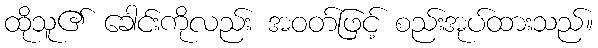
ထိုသူ၏ ခေါင်းကိုလည်း အဝတ်ဖြင့် စည်းအုပ်ထားသည်။